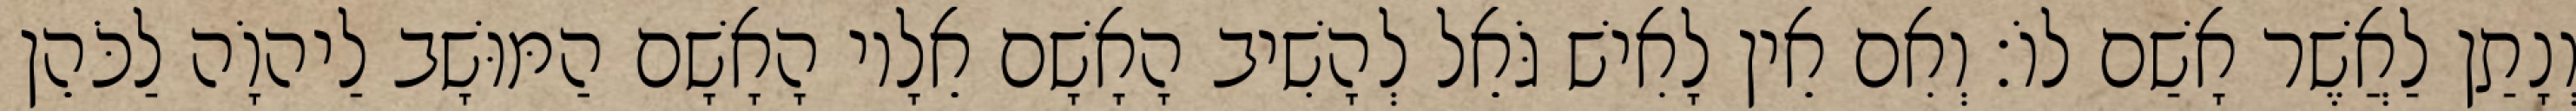
וְנָתַן לַאֲשֶׁר אָשַׁם לוֹ׃ וְאִם אֵין לָאִישׁ גֹּאֵל לְהָשִׁיב הָאָשָׁם אֵלָיו הָאָשָׁם הַמּוּשָׁב לַיהוָֹה לַכֹּהֵן